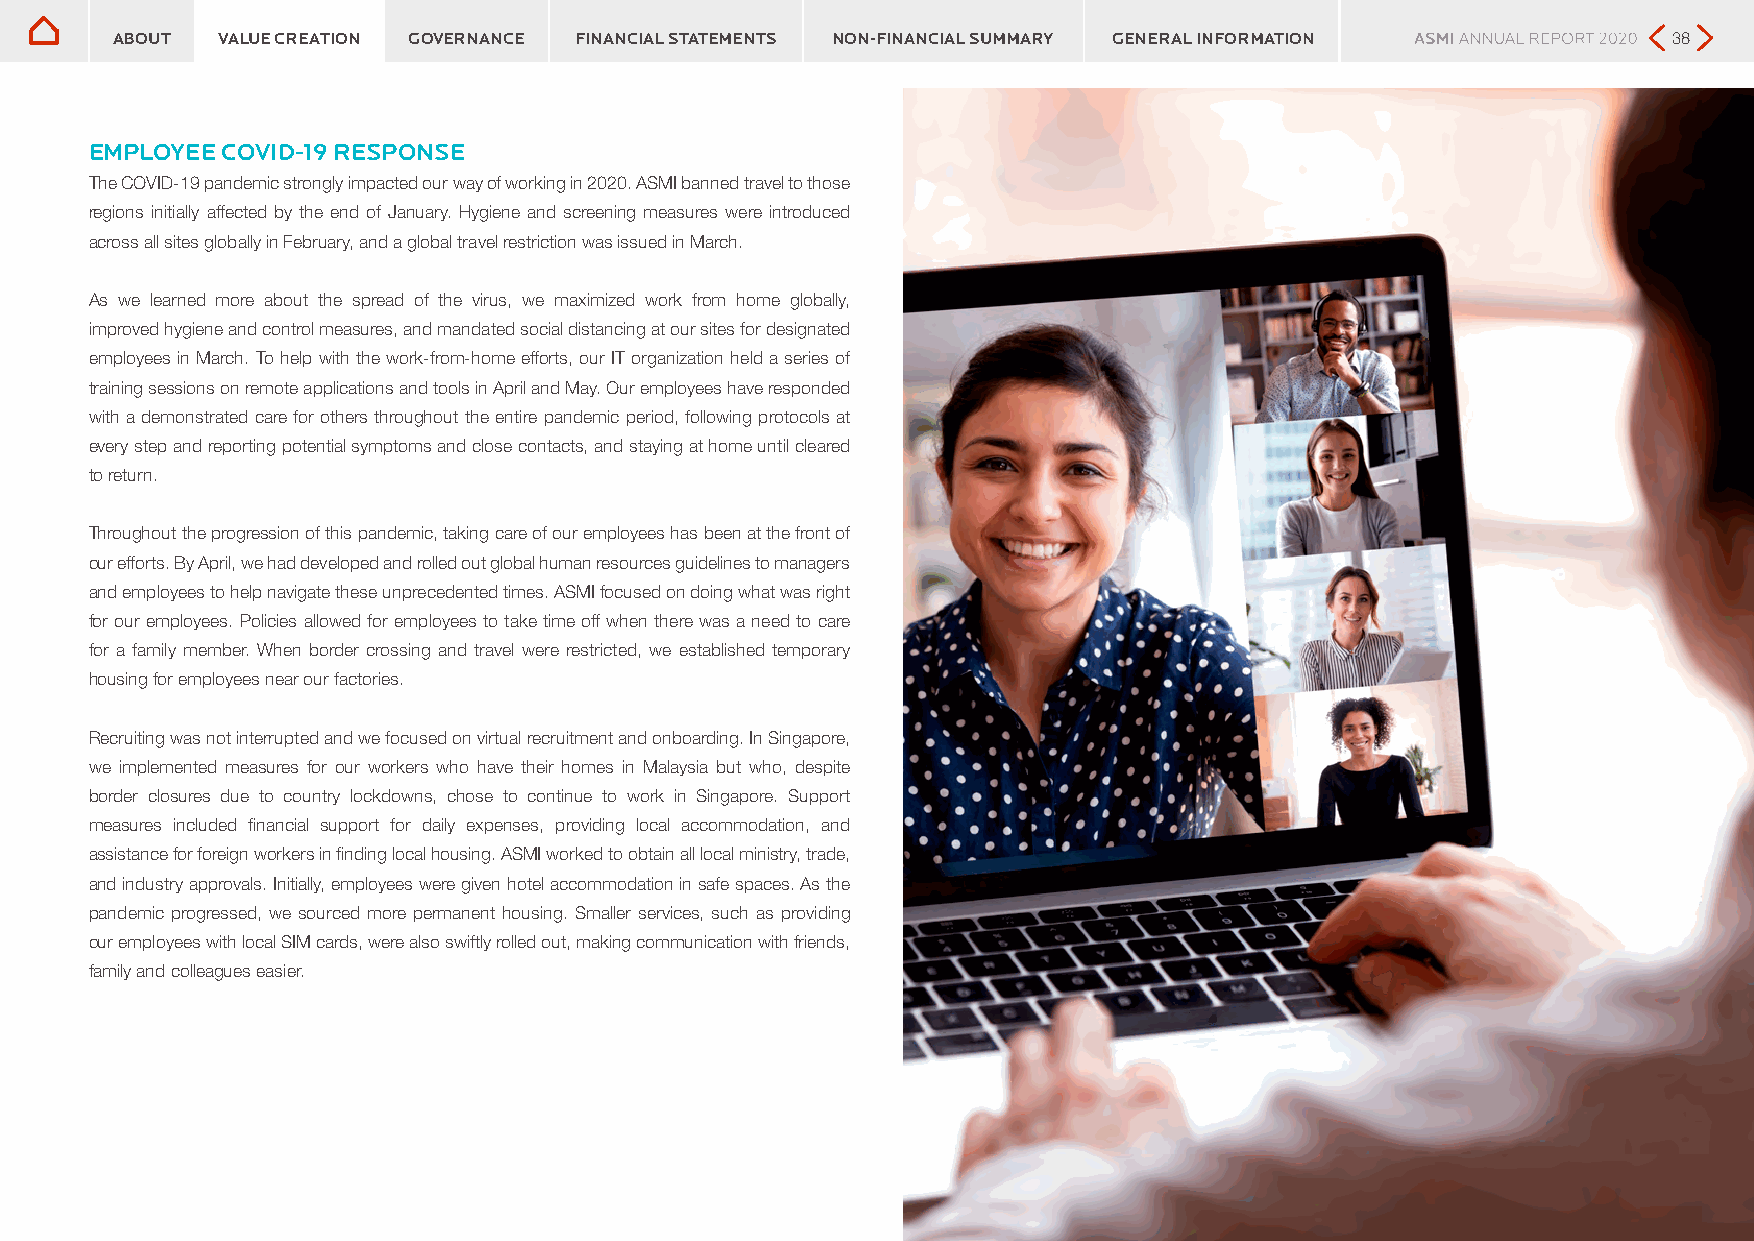
ABOUT  VALUE CREATION GOVERNANCE FINANCIAL STATEMENTS NON-FINANCIAL SUMMARY GENERAL INFORMATION         38
 EMPLOYEE COVID-19 RESPONSE
 The COVID-19 pandemic strongly impacted our way of working in 2020. ASMI banned travel to those
 regions initially affected by the end of January. Hygiene and screening measures were introduced
 across all sites globally in February, and a global travel restriction was issued in March.
 As we learned more about the spread of the virus, we maximized work from home globally,
 improved hygiene and control measures, and mandated social distancing at our sites for designated
 employees in March. To help with the work-from-home efforts, our IT organization held a series of
 training sessions on remote applications and tools in April and May. Our employees have responded
 with a demonstrated care for others throughout the entire pandemic period, following protocols at
 every step and reporting potential symptoms and close contacts, and staying at home until cleared
 to return.
 Throughout the progression of this pandemic, taking care of our employees has been at the front of
 our efforts. By April, we had developed and rolled out global human resources guidelines to managers
 and employees to help navigate these unprecedented times. ASMI focused on doing what was right
 for our employees. Policies allowed for employees to take time off when there was a need to care
 for a family member. When border crossing and travel were restricted, we established temporary
 housing for employees near our factories.
 Recruiting was not interrupted and we focused on virtual recruitment and onboarding. In Singapore,
 we implemented measures for our workers who have their homes in Malaysia but who, despite
 border closures due to country lockdowns, chose to continue to work in Singapore. Support
 measures included financial support for daily expenses, providing local accommodation, and
 assistance for foreign workers in finding local housing. ASMI worked to obtain all local ministry, trade,
 and industry approvals. Initially, employees were given hotel accommodation in safe spaces. As the
 pandemic progressed, we sourced more permanent housing. Smaller services, such as providing
 our employees with local SIM cards, were also swiftly rolled out, making communication with friends,
 family and colleagues easier.